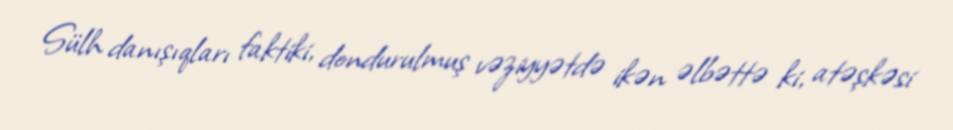
Sülh danışıqları faktiki, dondurulmuş vəziyyətdə ikən əlbəttə ki, atəşkəsi